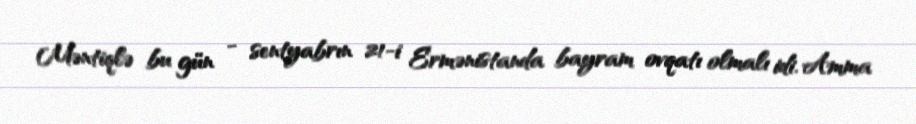
Məntiqlə bu gün - sentyabrın 21-i Ermənistanda bayram ovqatı olmalı idi. Amma